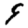
Digit: 9